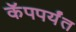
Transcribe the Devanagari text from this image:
कॅपपर्यंत